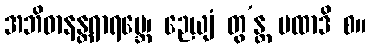
အဘိဓာနန္တရာရမ္ဘေ၊ ဉေယျံ တွ’န္တ မထာဒိ စ။